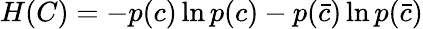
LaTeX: H(C)=-p(c)\ln p(c)-p(\bar{c})\ln p(\bar{c})